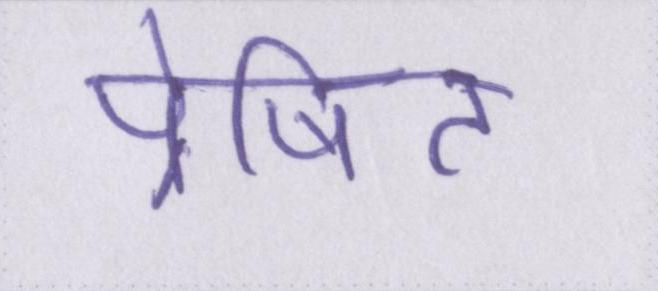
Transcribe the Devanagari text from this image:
प्रेषित